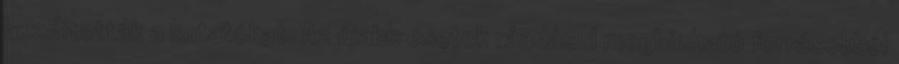
buzdították a kutatókat. Az újabb esetek ráadásul megbízható forrásokból